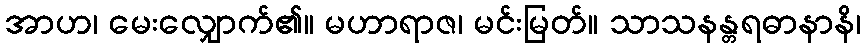
အာဟ၊ မေးလျှောက်၏။ မဟာရာဇ၊ မင်းမြတ်။ သာသနန္တရဓာနာနိ၊